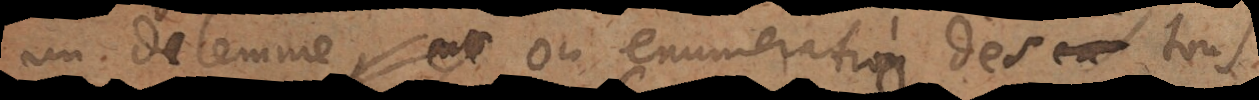
un dilemme ou enumeration de tous